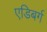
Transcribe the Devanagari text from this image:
एडिबर्ग